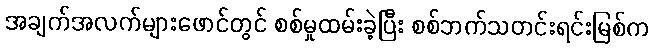
အချက်အလက်များဖောင်တွင် စစ်မှုထမ်းခဲ့ပြီး စစ်ဘက်သတင်းရင်းမြစ်က